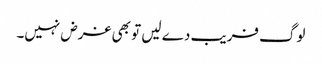
لوگ فریب دے لیں تو بھی غرض نہیں۔